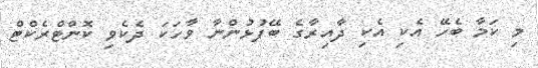
މި ކަމާ ބެހޭ އެކި އެކި ދާއިރާގެ ބޭފުޅުންނާ ވާހަކަ ދެކެވި ކޮންޓްރެކްޓް